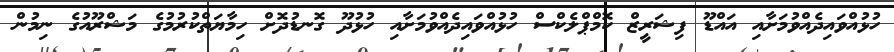
ހުޅުއްވައިދެއްވުމަށާއި އައްޑޫ ފިޝަރީޒް ކޮމްޕްލެކްސް ހުޅުއްވައިދެއްވުމަށާއި ހުޅުދޫ ގޮނޑުދޮށް ހިމާޔަތްކުރުމުގެ މަޝްރޫއުގެ ނިމުން